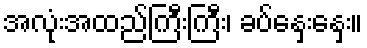
အလုံးအထည်ကြီးကြီး၊ ခပ်နှေးနှေး။